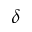
\delta